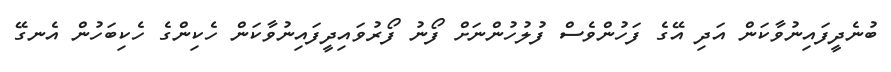
ބުނެދީފައިނުވާކަން އަދި އޭގެ ފަހުންވެސް ފުލުހުންނަށް ފޯނު ފޯރުވައިދީފައިނުވާކަން ހެކިންގެ ހެކިބަހުން އެނގޭ